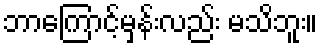
ဘာကြောင့်မှန်းလည်း မသိဘူး။